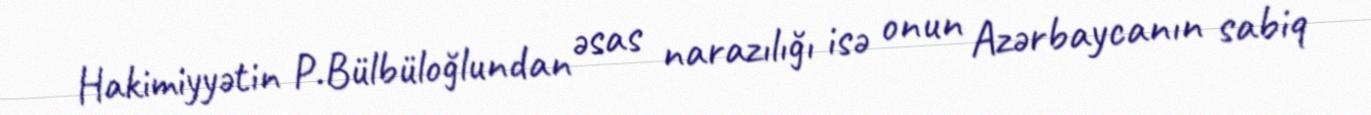
Hakimiyyətin P.Bülbüloğlundan əsas narazılığı isə onun Azərbaycanın sabiq